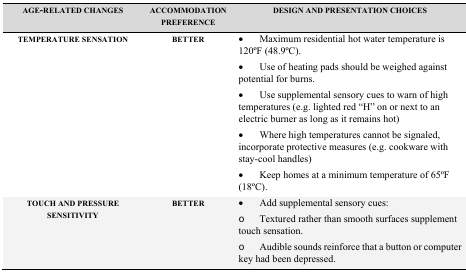
| AGE-RELATED CHANGES | ACCOMMODATION PREFERENCE | DESIGN AND PRESENTATION CHOICES |
 | --- | --- | --- |
 | TEMPERATURE SENSATION | BETTER | •Maximum residential hot water temperature is 120oF (48.9oC). •Use of heating pads should be weighed against potential for burns. •Use supplemental sensory cues to warn of high temperatures (e.g. lighted red “H” on or next to an electric burner as long as it remains hot)•Where high temperatures cannot be signaled, incorporate protective measures (e.g. cookware with stay-cool handles) •Keep homes at a minimum temperature of 65oF (18oC). |
 | TOUCH AND PRESSURE SENSITIVITY | BETTER | •Add supplemental sensory cues: ○Textured rather than smooth surfaces supplement touch sensation. ○Audible sounds reinforce that a button or computer key had been depressed. |